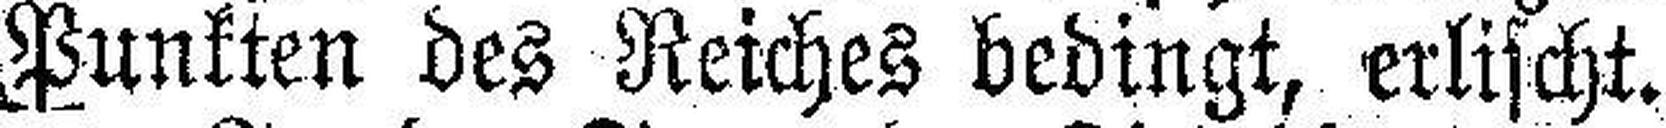
Punkten des Reiches bedingt, erlischt.